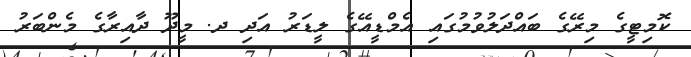
ކޮމިޓީގެ މިރޭގެ ބައްދަލުވުމުގައި އެމްޑީއޭގެ ލީޑަރު އަދި ދ. މީދޫ ދާއިރާގެ މެންބަރު